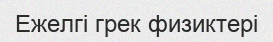
Ежелгі грек физиктері